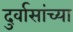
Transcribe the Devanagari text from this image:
दुर्वासांच्या